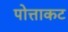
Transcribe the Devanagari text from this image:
पोत्ताकट